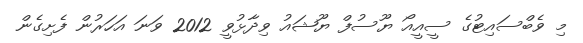
މި ވެބްސައިޓުގެ ސީއީއޯ ޔޫސުފް ޔޫޝައު ވިދާޅުވީ 2012 ވަނަ އަހަރުން ފެށިގެން